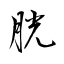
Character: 胱